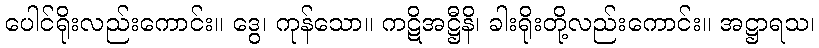
ပေါင်ရိုးလည်းကောင်း။ ဒွေ၊ ကုန်သော။ ကဋိအဋ္ဌီနိ၊ ခါးရိုးတို့လည်းကောင်း။ အဋ္ဌာရသ၊